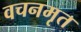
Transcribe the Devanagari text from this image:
वचनमृत